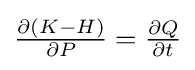
{\textstyle {\frac {\partial (K-H)}{\partial P}}={\frac {\partial Q}{\partial t}}}